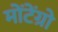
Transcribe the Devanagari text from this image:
मोंटेंग्रो